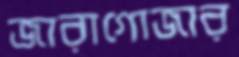
জারাগোজার